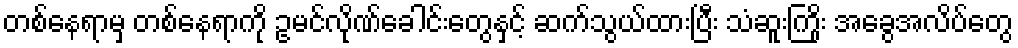
တစ်နေရာမှ တစ်နေရာကို ဥမင်လိုဏ်ခေါင်းတွေနှင့် ဆက်သွယ်ထားပြီး သံဆူးကြိုး အခွေအလိပ်တွေ